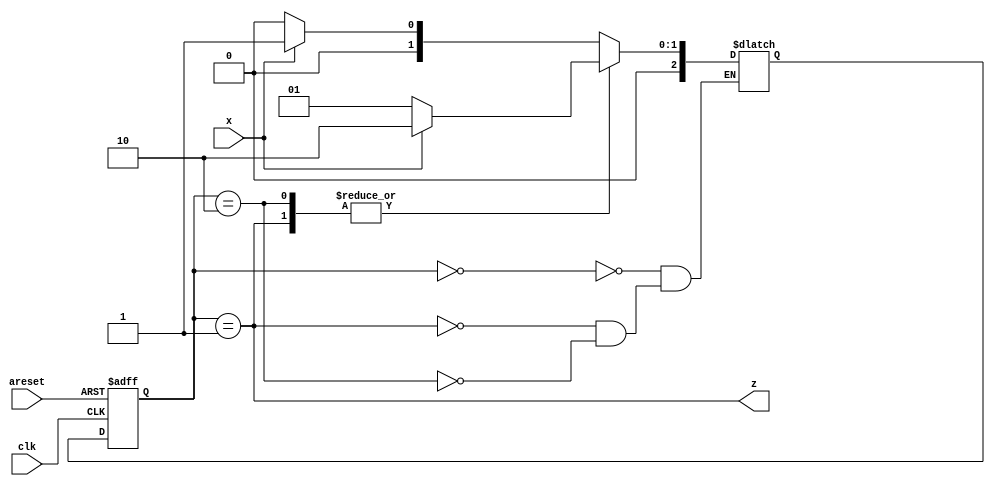
module top_module (
    input clk,
    input areset,
    input x,
    output z
); 
    parameter q0=2'b00,q1=2'b01,q2=2'b10;
    reg [2:0]state,next_state;
    always@(posedge clk or posedge areset)begin
        if(areset)state = q0;
        else state = next_state;
    end
    always@(*)begin
        case(state)
            q0:next_state = x?q1:q0;
            q1:next_state = x?q2:q1;
            q2:next_state = x?q2:q1;
        endcase
    end
    always@(*)begin
        z = state==q1;
    end

endmodule